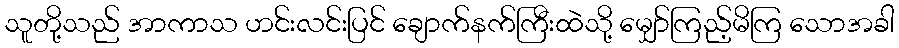
သူတို့သည် အာကာသ ဟင်းလင်းပြင် ချောက်နက်ကြီးထဲသို့ မျှော်ကြည့်မိကြ သောအခါ